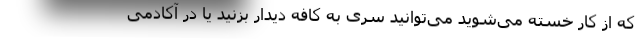
که از کار خسته می‌شوید می‌توانید سری به کافه دیدار بزنید یا در آکادمی